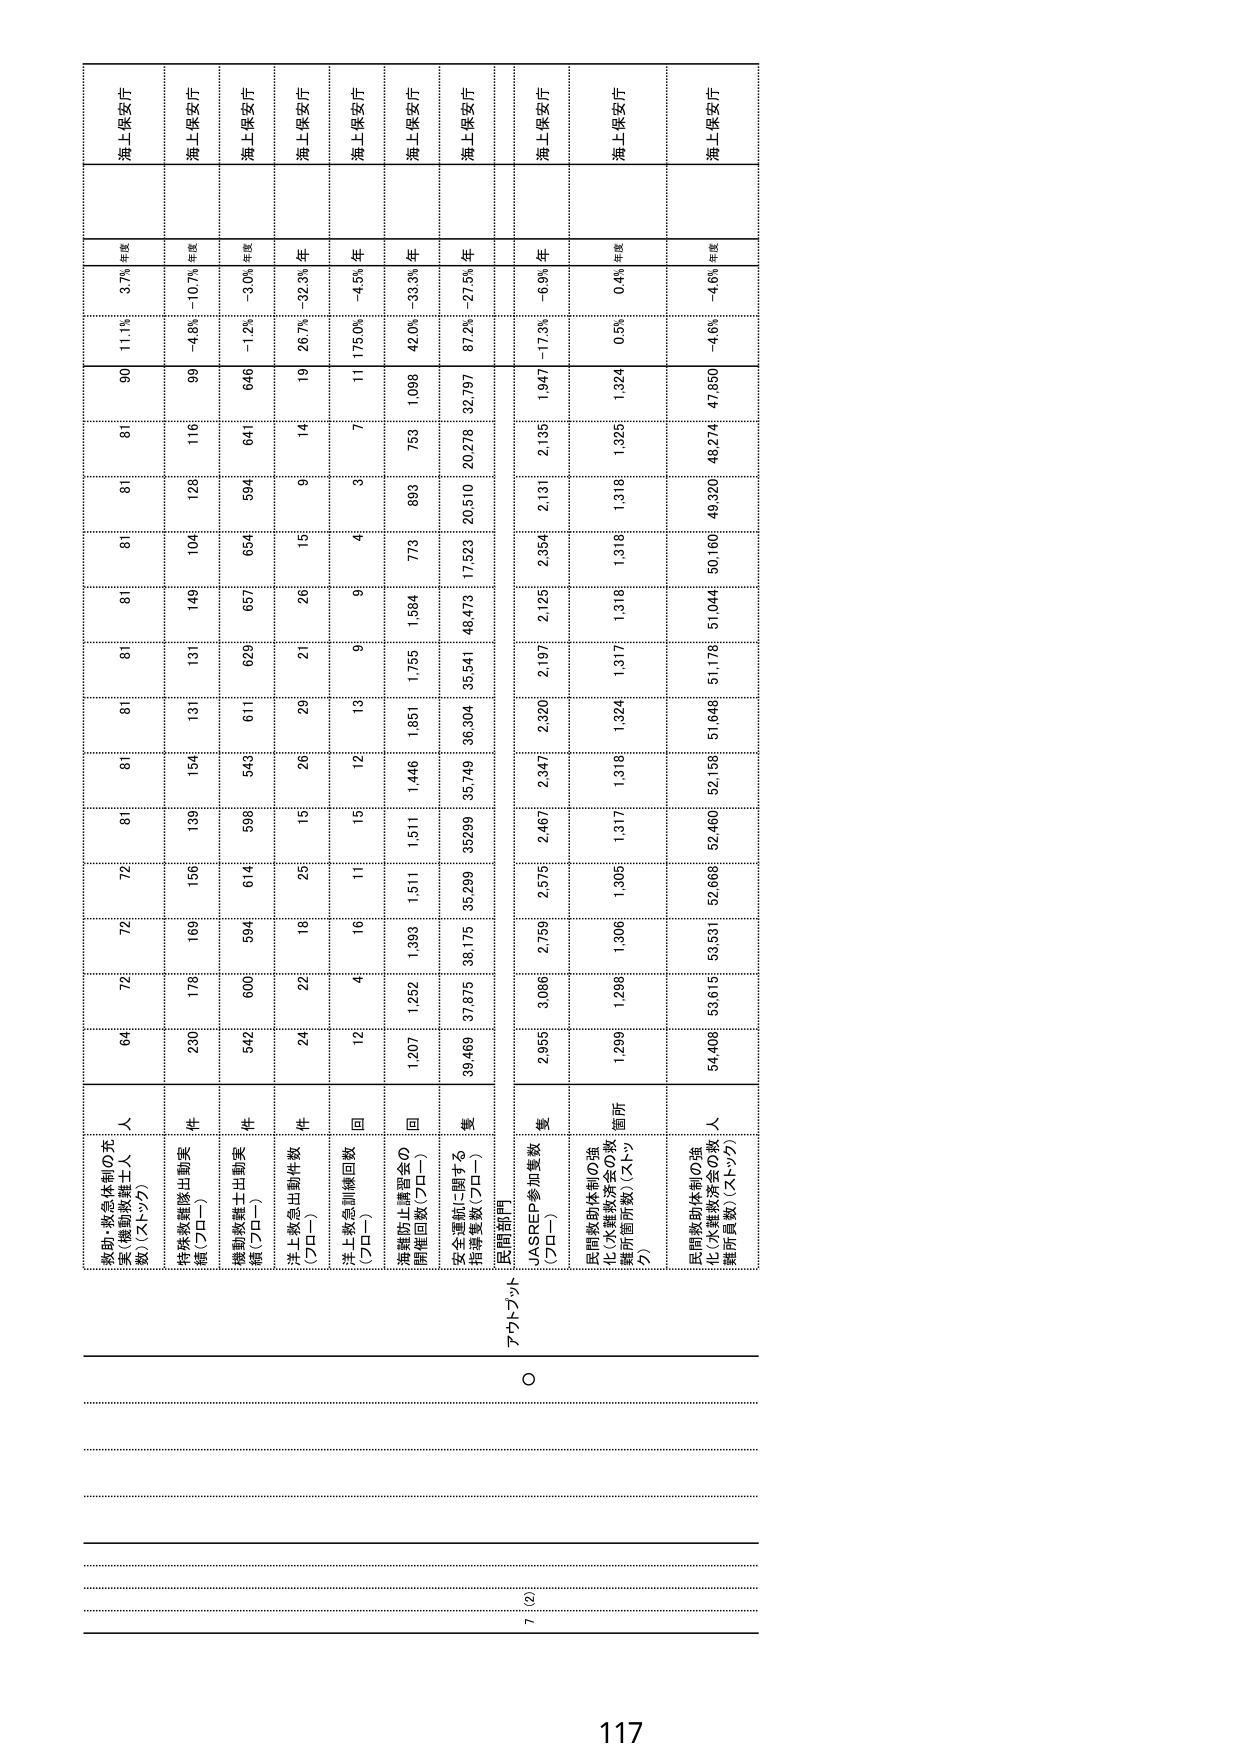
海上保安庁
年度
3.7%
11.1%
90
81
81
81
81
81
81
72
72
64
人
（機動救難士人
数）（ストップ）
件
（プロー）
件
（プロー）
件
（プロー）
回
（プロー）
回
（プロー）
事
（プロー）
隻
（プロー）
箇所
（ストップ）
人
（ストップ）
海上保安庁
年度
-10.7%
-4.8%
99
116
128
104
149
131
154
139
169
230
海上保安庁
年度
-3.0%
-1.2%
646
641
594
654
657
629
611
543
598
614
594
600
542
海上保安庁
年
32.3%
26.7%
19
14
9
15
21
26
29
15
16
22
24
海上保安庁
年
-4.5%
175.0%
11
7
3
4
9
13
12
15
11
4
12
海上保安庁
年
-33.3%
42.0%
1,098
753
893
779
1,584
1,755
1,851
1,446
1,511
1,393
1,252
1,207
海上保安庁
年
-27.5%
87.2%
32,797
20,278
20,510
17,523
48,473
35,541
36,304
35,749
35,299
38,175
37,875
39,469
海上保安庁
年
-6.9%
-17.3%
1,947
2,135
2,131
2,354
2,125
2,197
2,320
2,347
2,573
2,759
3,066
2,955
海上保安庁
年度
0.4%
0.5%
1,324
1,326
1,318
1,316
1,318
1,317
1,324
1,316
1,317
1,305
1,306
1,298
1,296
海上保安庁
年度
-4.6%
-4.6%
47,850
48,274
49,320
50,160
51,044
51,176
51,646
52,158
52,460
52,668
53,531
53,615
54,406
アクトラット
○
民間部門
JASREP参加隻数
民間救助体制の強化（水難救済会の救難所箇所数）（ストップ）
民間救助体制の強化（水難救済会の救難所員数）（ストップ）
7（2）
117